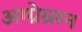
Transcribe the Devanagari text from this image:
अग्ग्रेग्र्सन